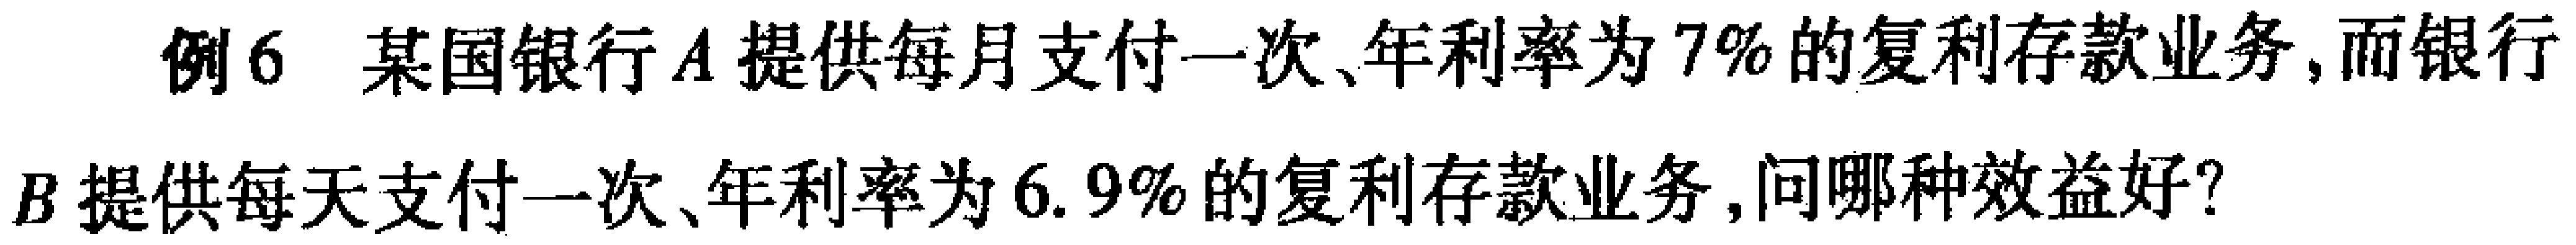
例6 某国银行$A$提供每月支付一次、年利率为$7\%$的复利存款业务,而银行$B$提供每天支付一次、年利率为$6.9\%$的复利存款业务,问哪种效益好?